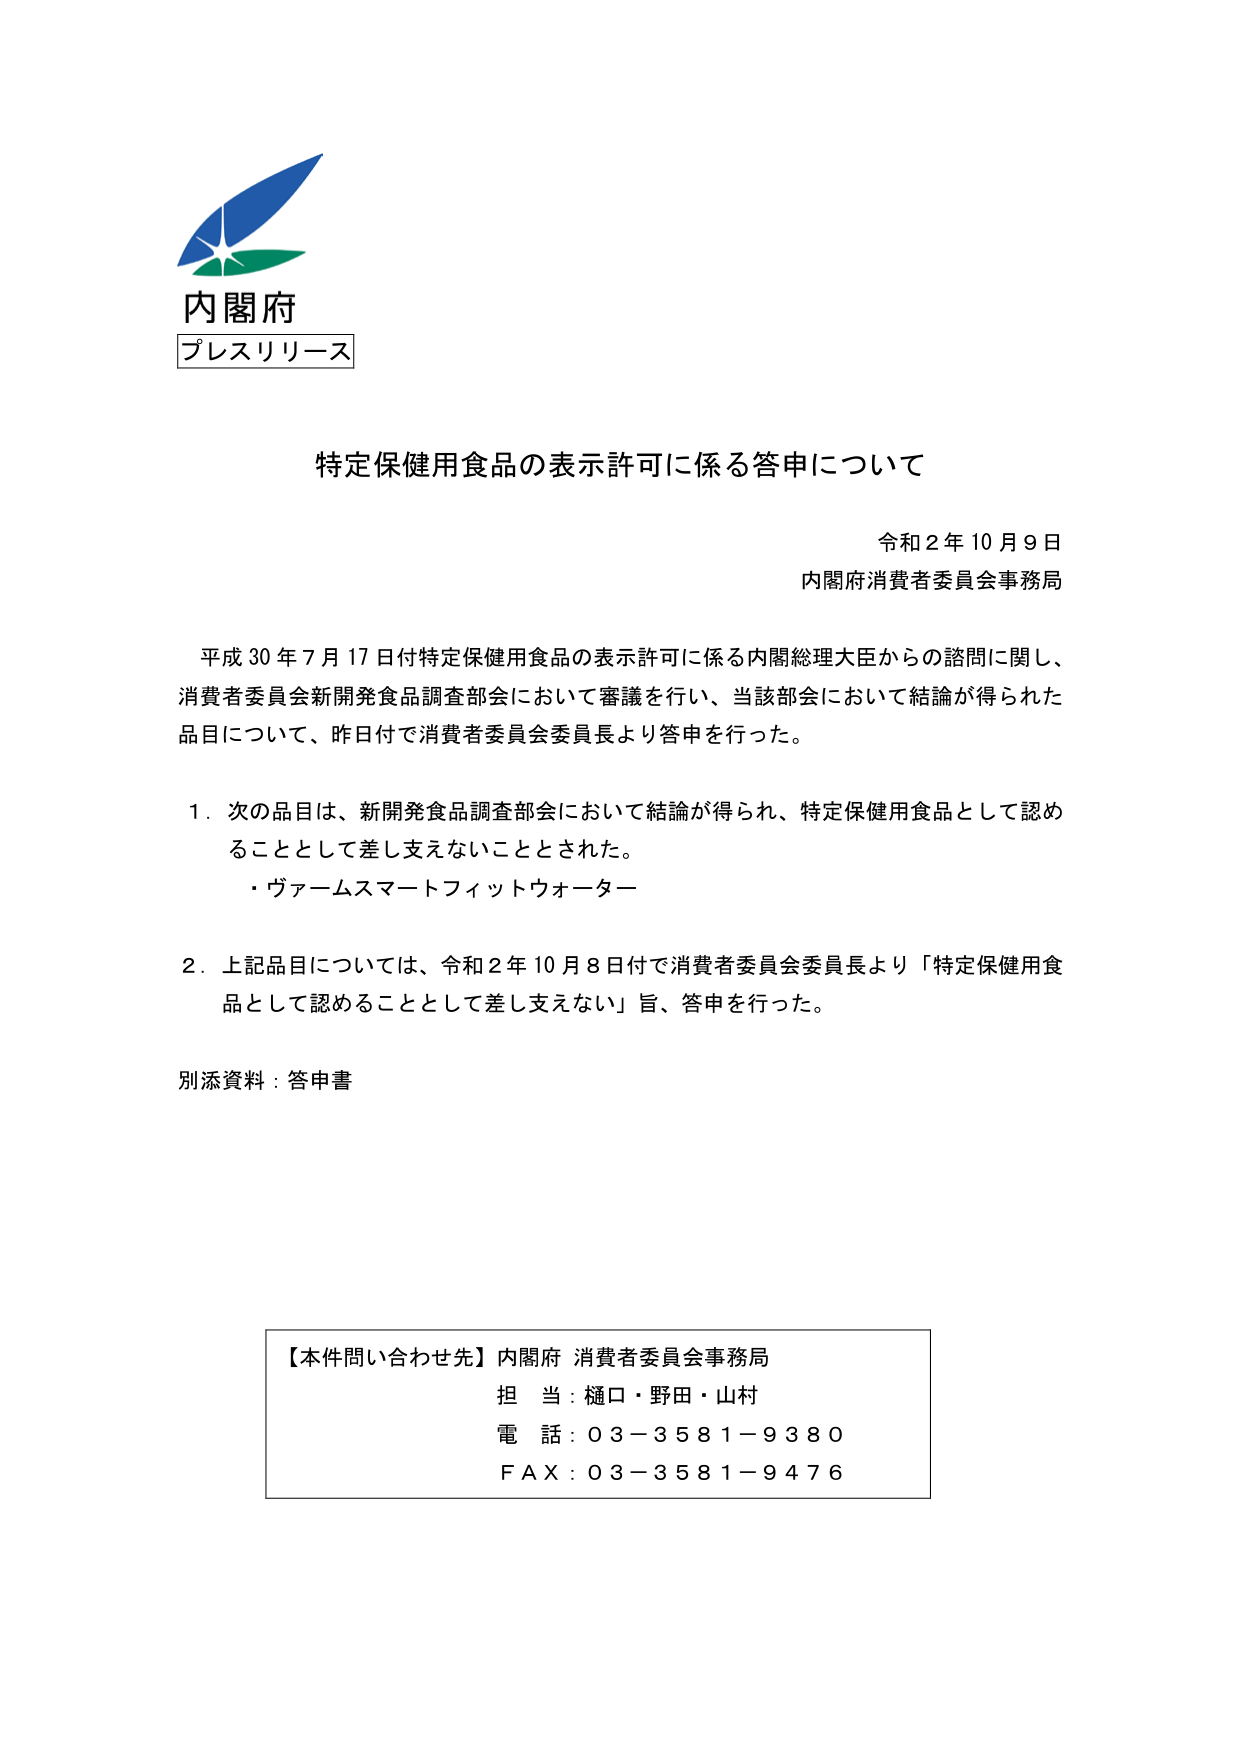
内閣府
プレスリリース

特定保健用食品の表示許可に係る答申について

令和２年１０月９日
内閣府消費者委員会事務局

平成３０年７月１７日付特定保健用食品の表示許可に係る内閣総理大臣からの諮問に関し、
消費者委員会新開発食品調査部会において審議を行い、当該部会において結論が得られた
品目について、昨日付で消費者委員会委員長より答申を行った。

１．次の品目は、新開発食品調査部会において結論が得られ、特定保健用食品として認め
ることとして差し支えないこととされた。
・ヴァームスマートフィットウォーター

２．上記品目については、令和２年１０月８日付で消費者委員会委員長より「特定保健用食
品として認めることとして差し支えない」旨、答申を行った。

別添資料：答申書

【本件問い合わせ先】内閣府 消費者委員会事務局
担当：樋口・野田・山村
電話：０３－３５８１－９３８０
ＦＡＸ：０３－３５８１－９４７６